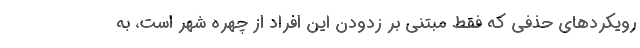
رویکردهای حذفی که فقط مبتنی بر زدودن این افراد از چهره شهر است، به